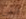
حتى